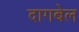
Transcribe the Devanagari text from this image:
दागबेल